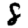
Digit: 8